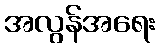
အလွန်အရေး